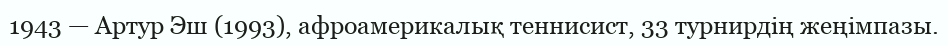
1943 — Артур Эш (1993), афроамерикалық теннисист, 33 турнирдің жеңімпазы.